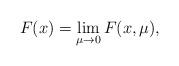
LaTeX: \begin{align*}F(x) = \lim_{\mu\rightarrow 0} F(x,\mu), \end{align*}